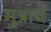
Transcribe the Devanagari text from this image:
मुत्राचे